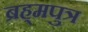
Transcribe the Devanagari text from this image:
ब्रह्‌मपुत्र